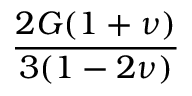
\frac { 2 G ( 1 + \nu ) } { 3 ( 1 - 2 \nu ) }